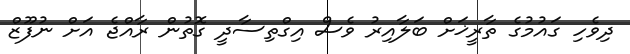
ދިވެހި ގައުމުގެ ތާރީޚަށް ބަލާއިރު ވެސް އިގްތިސާދީ ގޮތުން ރާއްޖެ އަށް ނުފޫޒް